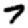
Digit: 7